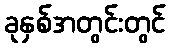
ခုနှစ်အတွင်းတွင်